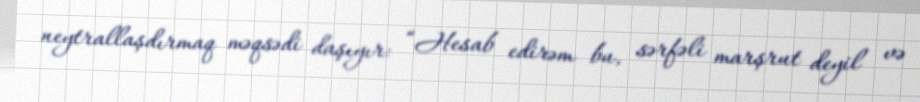
neytrallaşdırmaq məqsədi daşıyır: “Hesab edirəm bu, sərfəli marşrut deyil və